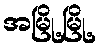
အမြို့မြို့